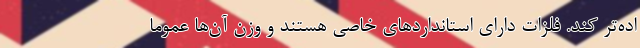
اده‌تر کند. فلزات دارای استانداردهایِ خاصی هستند و وزنِ آن‌ها عموماً